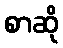
စာဆို